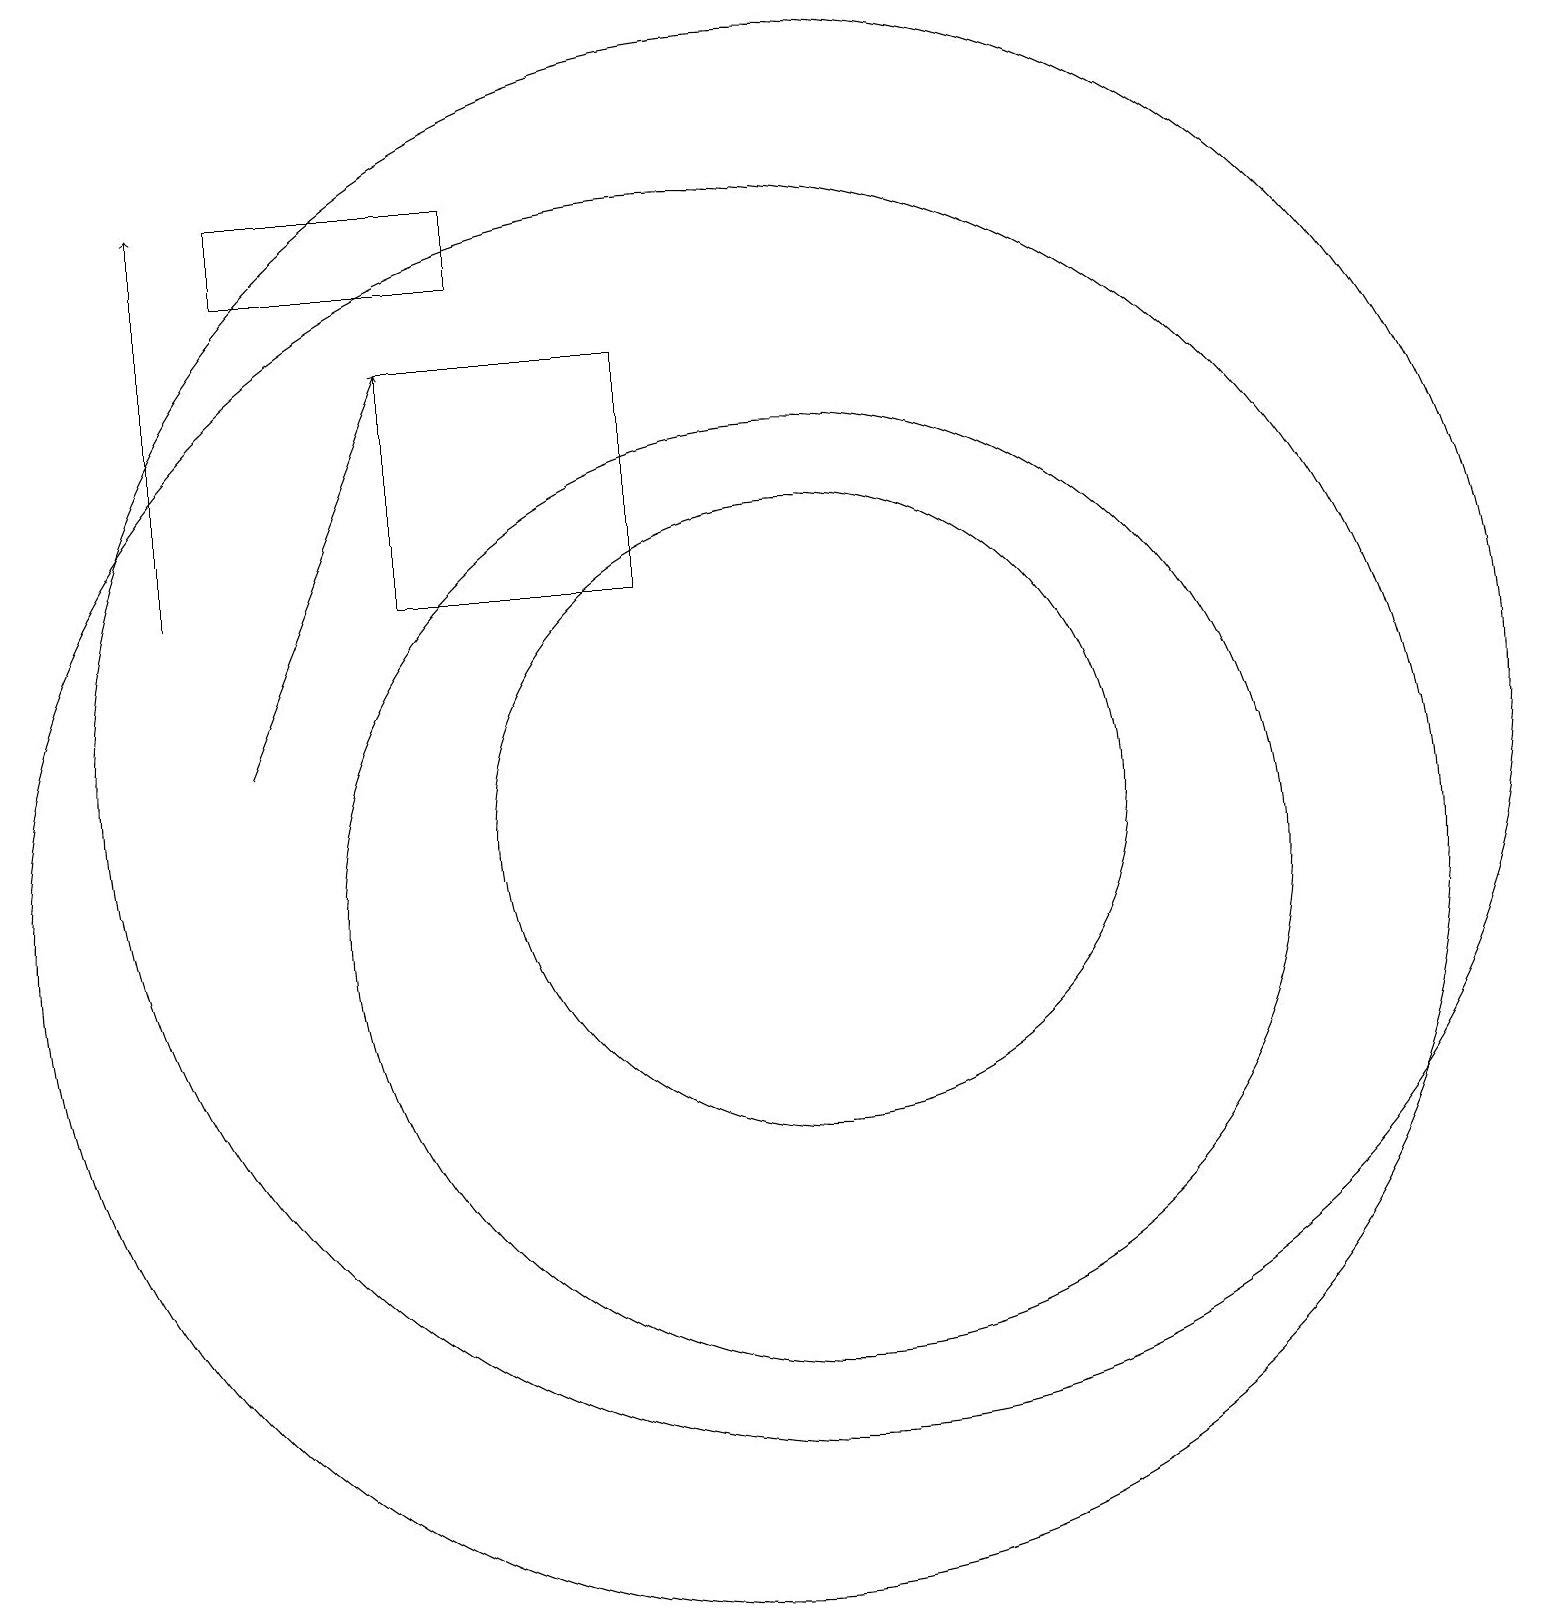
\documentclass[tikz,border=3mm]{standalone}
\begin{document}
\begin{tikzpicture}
\draw (11,12) circle (9);
\draw (11,10) circle (6);
\draw[->] (4,12) -- (6,17);
\draw[->] (3,14) -- (3,19);
\draw (7,18) rectangle (4,19);
\draw (10,10) circle (9);
\draw (11,11) circle (4);
\draw (9,14) rectangle (6,17);
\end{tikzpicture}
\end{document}